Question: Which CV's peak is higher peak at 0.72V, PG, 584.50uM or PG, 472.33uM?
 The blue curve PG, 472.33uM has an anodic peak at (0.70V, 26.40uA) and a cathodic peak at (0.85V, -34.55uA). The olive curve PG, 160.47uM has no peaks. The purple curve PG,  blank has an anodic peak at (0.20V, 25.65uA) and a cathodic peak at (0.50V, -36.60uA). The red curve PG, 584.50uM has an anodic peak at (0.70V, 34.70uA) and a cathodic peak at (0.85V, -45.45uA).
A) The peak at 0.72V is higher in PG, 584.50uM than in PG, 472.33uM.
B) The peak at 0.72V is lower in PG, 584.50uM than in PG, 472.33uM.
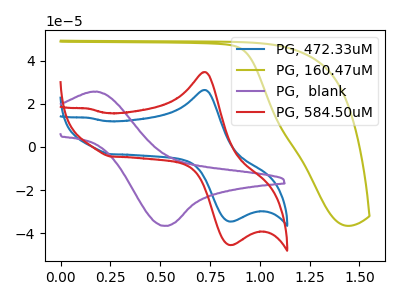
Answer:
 <answer>A) The peak at 0.72V is higher in "PG, 584.50uM" than in "PG, 472.33uM".</answer>
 <eval>A</eval>